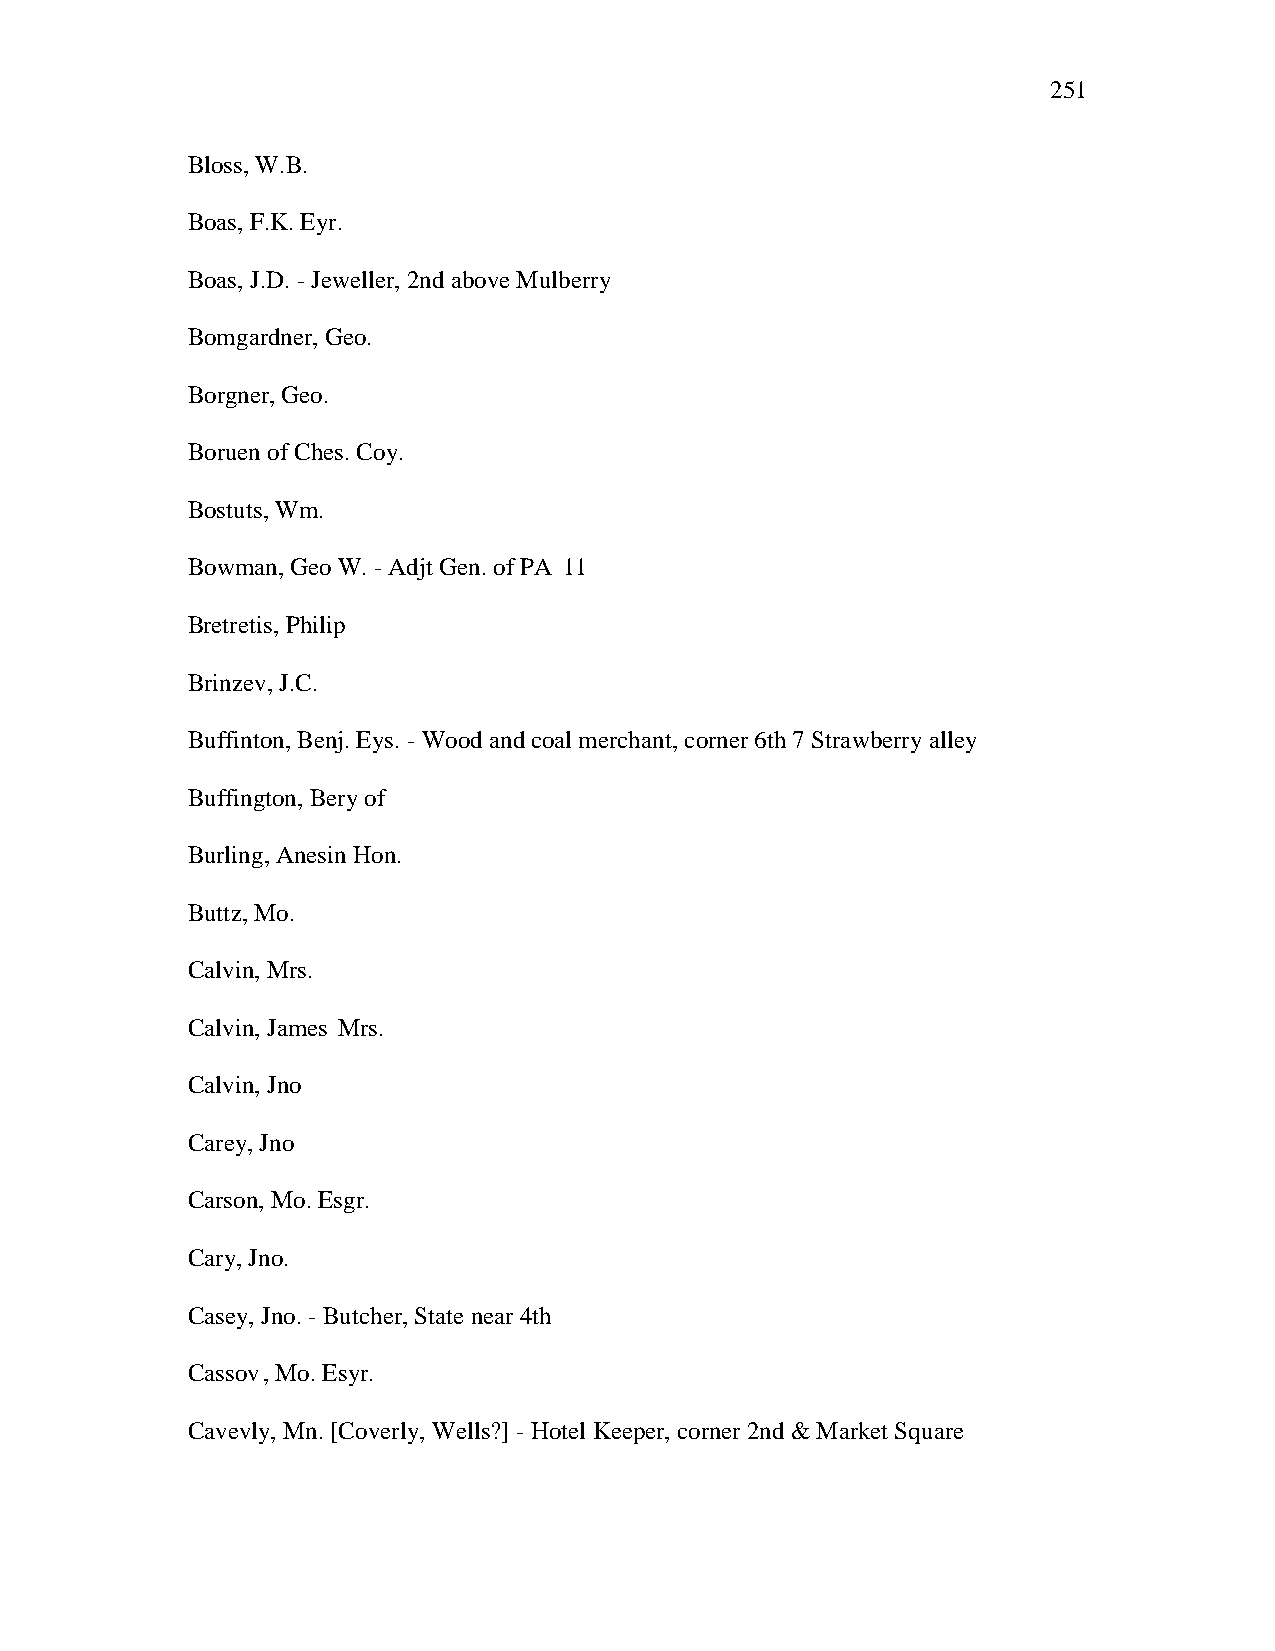
251
 Bloss, W.B.
 Boas, F.K. Eyr.
 Boas, J.D. - Jeweller, 2nd above Mulberry
 Bomgardner, Geo.
 Borgner, Geo.
 Boruen of Ches. Coy.
 Bostuts, Wm.
 Bowman, Geo W. - Adjt Gen. of PA 11
 Bretretis, Philip
 Brinzev, J.C.
 Buffinton, Benj. Eys. - Wood and coal merchant, corner 6th 7 Strawberry alley
 Buffington, Bery of
 Burling, Anesin Hon.
 Buttz, Mo.
 Calvin, Mrs.
 Calvin, James Mrs.
 Calvin, Jno
 Carey, Jno
 Carson, Mo. Esgr.
 Cary, Jno.
 Casey, Jno. - Butcher, State near 4th
 Cassov , Mo. Esyr.
 Cavevly, Mn. [Coverly, Wells?] - Hotel Keeper, corner 2nd & Market Square